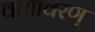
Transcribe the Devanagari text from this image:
वातावरण्